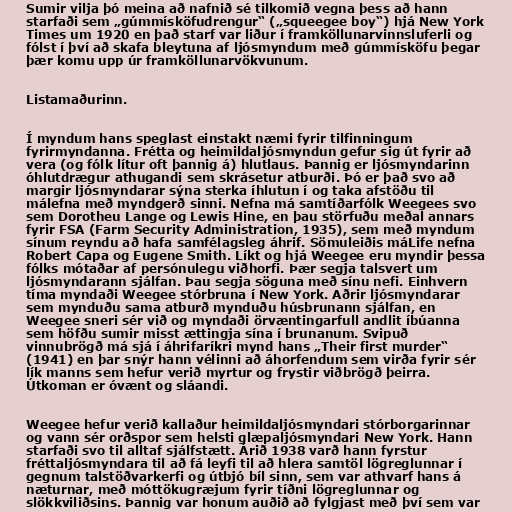
Sumir vilja þó meina að nafnið sé tilkomið vegna þess að hann
starfaði sem „gúmmísköfudrengur“ („squeegee boy“) hjá New York
Times um 1920 en það starf var liður í framköllunarvinnsluferli og
fólst í því að skafa bleytuna af ljósmyndum með gúmmísköfu þegar
þær komu upp úr framköllunarvökvunum.

Listamaðurinn.

Í myndum hans speglast einstakt næmi fyrir tilfinningum
fyrirmyndanna. Frétta og heimildaljósmyndun gefur sig út fyrir að
vera (og fólk lítur oft þannig á) hlutlaus. Þannig er ljósmyndarinn
óhlutdrægur athugandi sem skrásetur atburði. Þó er það svo að
margir ljósmyndarar sýna sterka íhlutun í og taka afstöðu til
málefna með myndgerð sinni. Nefna má samtíðarfólk Weegees svo
sem Dorotheu Lange og Lewis Hine, en þau störfuðu meðal annars
fyrir FSA (Farm Security Administration, 1935), sem með myndum
sínum reyndu að hafa samfélagsleg áhrif. Sömuleiðis máLife nefna
Robert Capa og Eugene Smith. Líkt og hjá Weegee eru myndir þessa
fólks mótaðar af persónulegu viðhorfi. Þær segja talsvert um
ljósmyndarann sjálfan. Þau segja söguna með sínu nefi. Einhvern
tíma myndaði Weegee stórbruna í New York. Aðrir ljósmyndarar
sem mynduðu sama atburð mynduðu húsbrunann sjálfan, en
Weegee sneri sér við og myndaði örvæntingarfull andlit íbúanna
sem höfðu sumir misst ættingja sína í brunanum. Svipuð
vinnubrögð má sjá í áhrifaríkri mynd hans „Their first murder“
(1941) en þar snýr hann vélinni að áhorfendum sem virða fyrir sér
lík manns sem hefur verið myrtur og frystir viðbrögð þeirra.
Útkoman er óvænt og sláandi.

Weegee hefur verið kallaður heimildaljósmyndari stórborgarinnar
og vann sér orðspor sem helsti glæpaljósmyndari New York. Hann
starfaði svo til alltaf sjálfstætt. Árið 1938 varð hann fyrstur
fréttaljósmyndara til að fá leyfi til að hlera samtöl lögreglunnar í
gegnum talstöðvarkerfi og útbjó bíl sinn, sem var athvarf hans á
næturnar, með móttökugræjum fyrir tíðni lögreglunnar og
slökkviliðsins. Þannig var honum auðið að fylgjast með því sem var